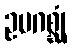
ဥပဂစ္ဆုံ